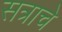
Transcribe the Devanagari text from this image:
सत्राचे